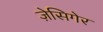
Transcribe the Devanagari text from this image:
ज़ेसिगेर